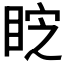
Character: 𭾷